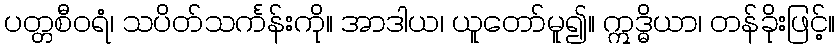
ပတ္တစီဝရံ၊ သပိတ်သင်္ကန်းကို။ အာဒါယ၊ ယူတော်မူ၍။ ဣဒ္ဓိယာ၊ တန်ခိုးဖြင့်။